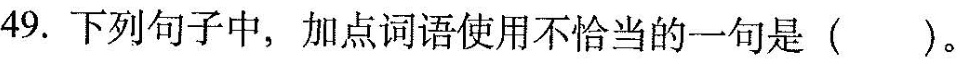
49.下列句子中，加点词语使用不恰当的一句是()。